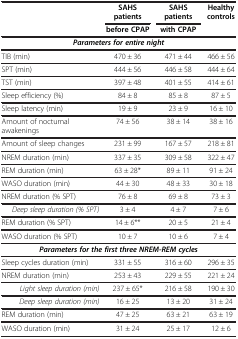
|  | SAHS patients | SAHS patients | Healthy controls |
 |  | before CPAP | with CPAP |  |
 | --- | --- | --- | --- |
 | <COLSPAN=3> Parameters for entire night |  |
 | TIB (min) | 470 ± 36 | 471 ± 44 | 466 ± 56 |
 | SPT (min) | 444 ± 56 | 446 ± 58 | 444 ± 64 |
 | TST (min) | 397 ± 48 | 401 ± 55 | 414 ± 61 |
 | Sleep efficiency (%) | 84 ± 8 | 85 ± 8 | 87 ± 5 |
 | Sleep latency (min) | 19 ± 9 | 23 ± 9 | 16 ± 10 |
 | Amount of nocturnal awakenings | 74 ± 56 | 38 ± 14 | 38 ± 16 |
 | Amount of sleep changes | 231 ± 99 | 167 ± 57 | 218 ± 81 |
 | NREM duration (min) | 337 ± 35 | 309 ± 58 | 322 ± 47 |
 | REM duration (min) | 63 ± 28* | 89 ± 11 | 91 ± 24 |
 | WASO duration (min) | 44 ± 30 | 48 ± 33 | 30 ± 18 |
 | NREM duration (% SPT) | 76 ± 8 | 69 ± 8 | 73 ± 3 |
 | Deep sleep duration (% SPT) | 3 ± 4 | 4 ± 7 | 7 ± 6 |
 | REM duration (% SPT) | 14 ± 6** | 20 ± 5 | 21 ± 4 |
 | WASO duration (% SPT) | 10 ± 7 | 10 ± 6 | 7 ± 4 |
 | <COLSPAN=3> Parameters for the first three NREM-REM cycles |  |
 | Sleep cycles duration (min) | 331 ± 55 | 316 ± 60 | 296 ± 35 |
 | NREM duration (min) | 253 ± 43 | 229 ± 55 | 221 ± 24 |
 | Light sleep duration (min) | 237 ± 65* | 216 ± 58 | 190 ± 30 |
 | Deep sleep duration (min) | 16 ± 25 | 13 ± 20 | 31 ± 24 |
 | REM duration (min) | 47 ± 25 | 63 ± 21 | 63 ± 19 |
 | WASO duration (min) | 31 ± 24 | 25 ± 17 | 12 ± 6 |